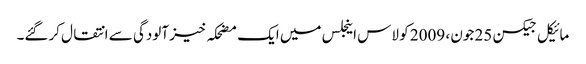
مائیکل جیکسن 25 جون ، 2009 کو لاس اینجلس میں ایک مضحکہ خیز آلودگی سے انتقال کرگئے۔